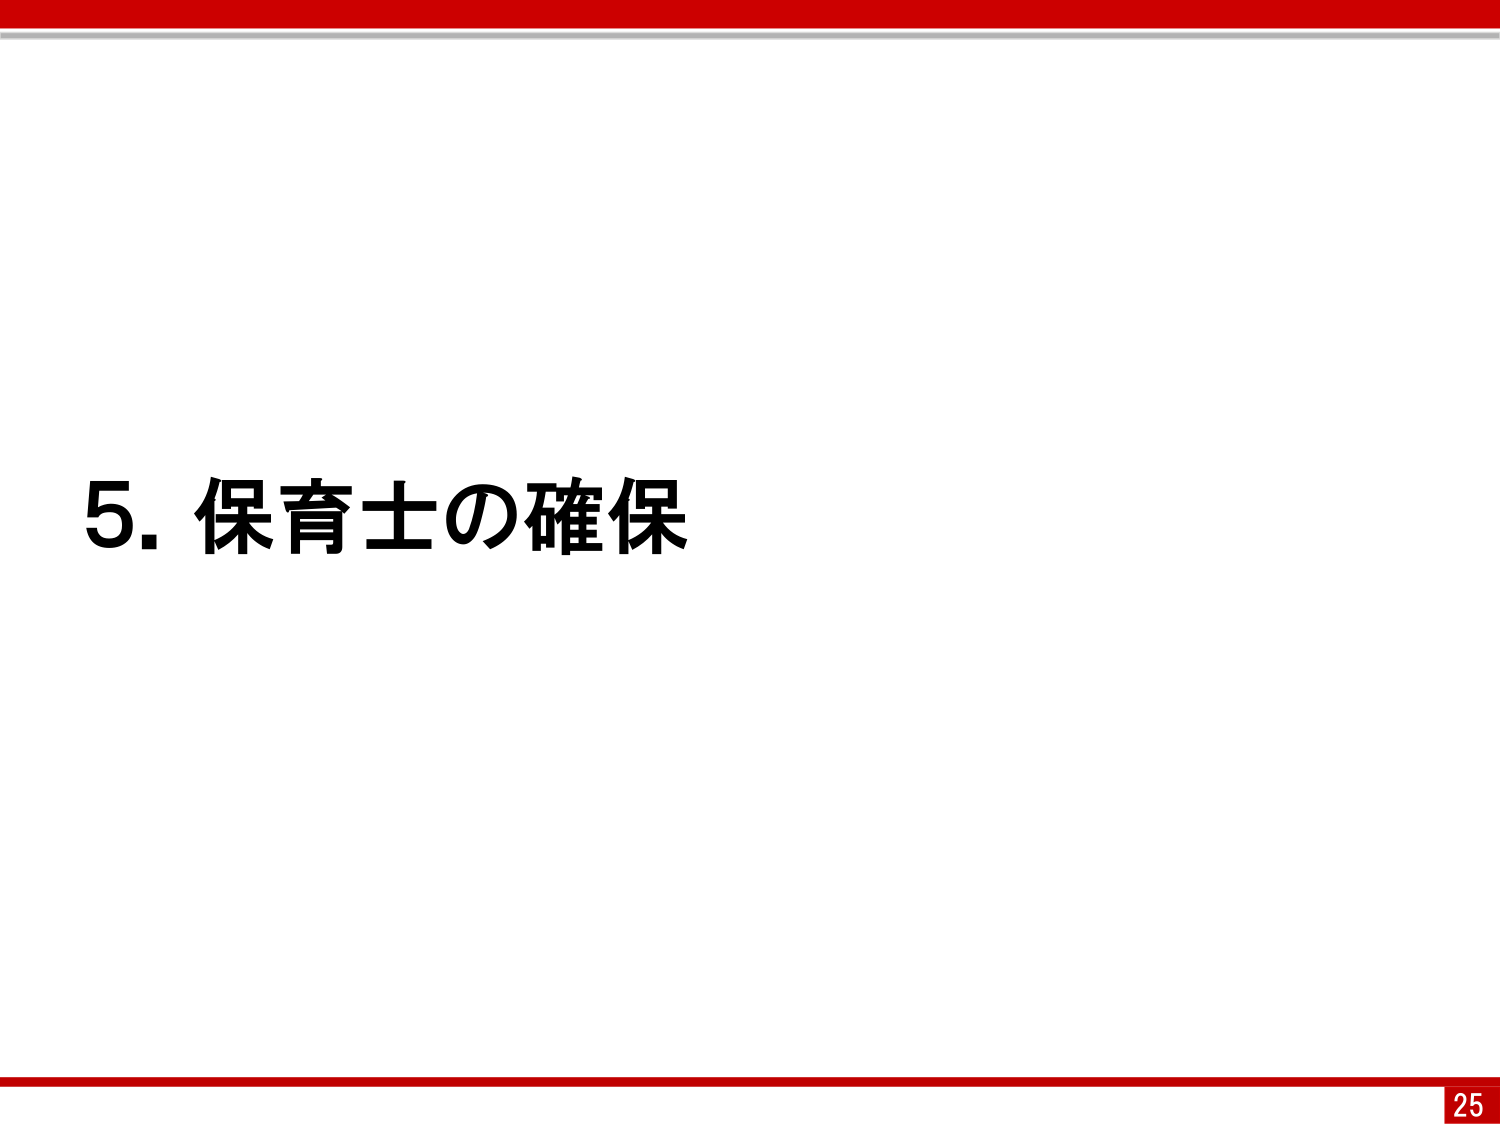
5. 保育士の確保
25